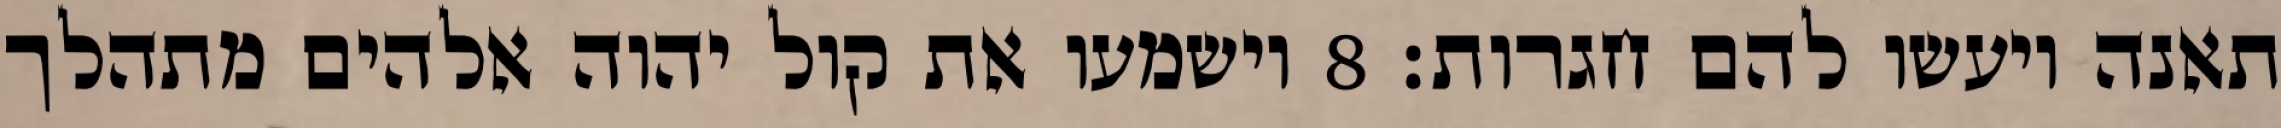
תאנה ויעשו להם חגרות׃ ‎8‏ וישמעו את קול יהוה אלהים מתהלך